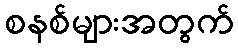
စနစ်များအတွက်